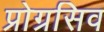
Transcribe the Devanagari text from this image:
प्रोग्रसिव